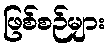
ဖြစ်စဉ်များ